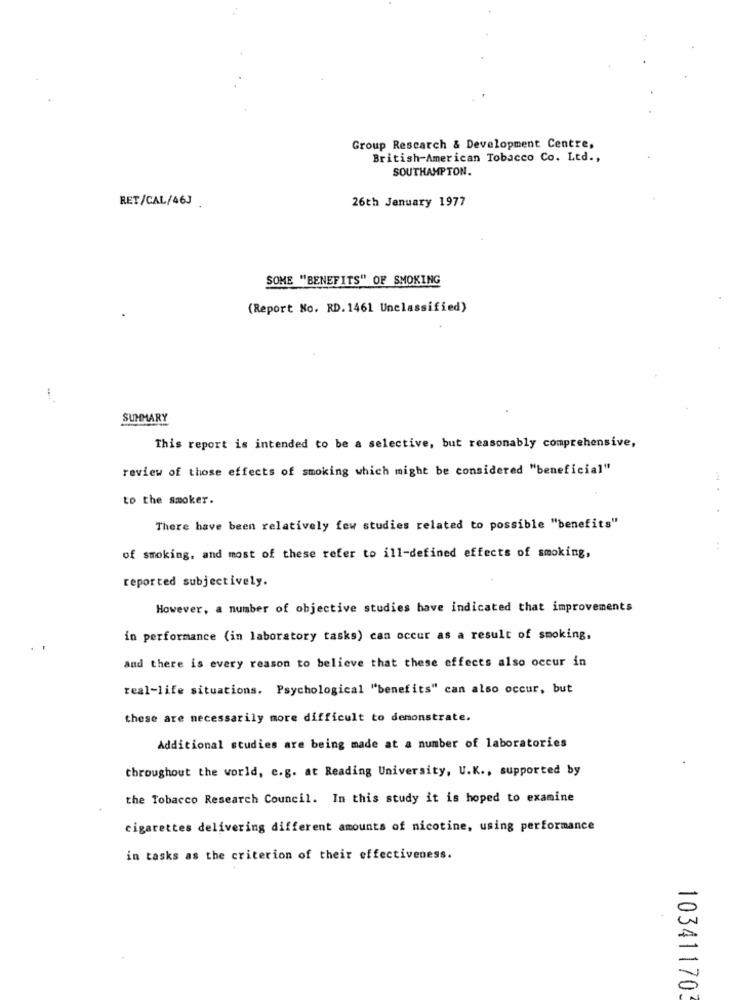
Group Rescarch & Development Centre,
British American Tobacco Co. Ltd .,
SOUTHAMPTON.
26th January 1977
RET/CAL/46).
SOME "BENEFITS" OF SMOKING
(Report No. RD. 1461 Unclassified)
SUMMARY
This report is intended to be a selective, but reasonably comprehensive,
review of those effects of smoking which might be considered "beneficial"
to the smoker.
There have been relatively few studies related to possible "benefits"
..
of smoking, and most of these refer to ill-defined effects of smoking,
reported subjectively.
However, a number of objective studies have indicated that improvements
in performance (in laboratory tasks) can occur as a result of smoking,
and there is every reason to believe that these effects also occur in
real-life situations. Psychological "benefits" can also occur, but
these are necessarily more difficult to demonstrate.
Additional studies are being made at a number of laboratories
throughout the world, e.g. at Reading University, U.K ., supported by
the Tobacco Research Council. In this study it is hoped to examine
cigarettes delivering different amounts of nicotine, using performance
in tasks as the criterion of their effectiveness.
103411703